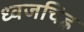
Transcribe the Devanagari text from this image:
ध्वजचिह्न